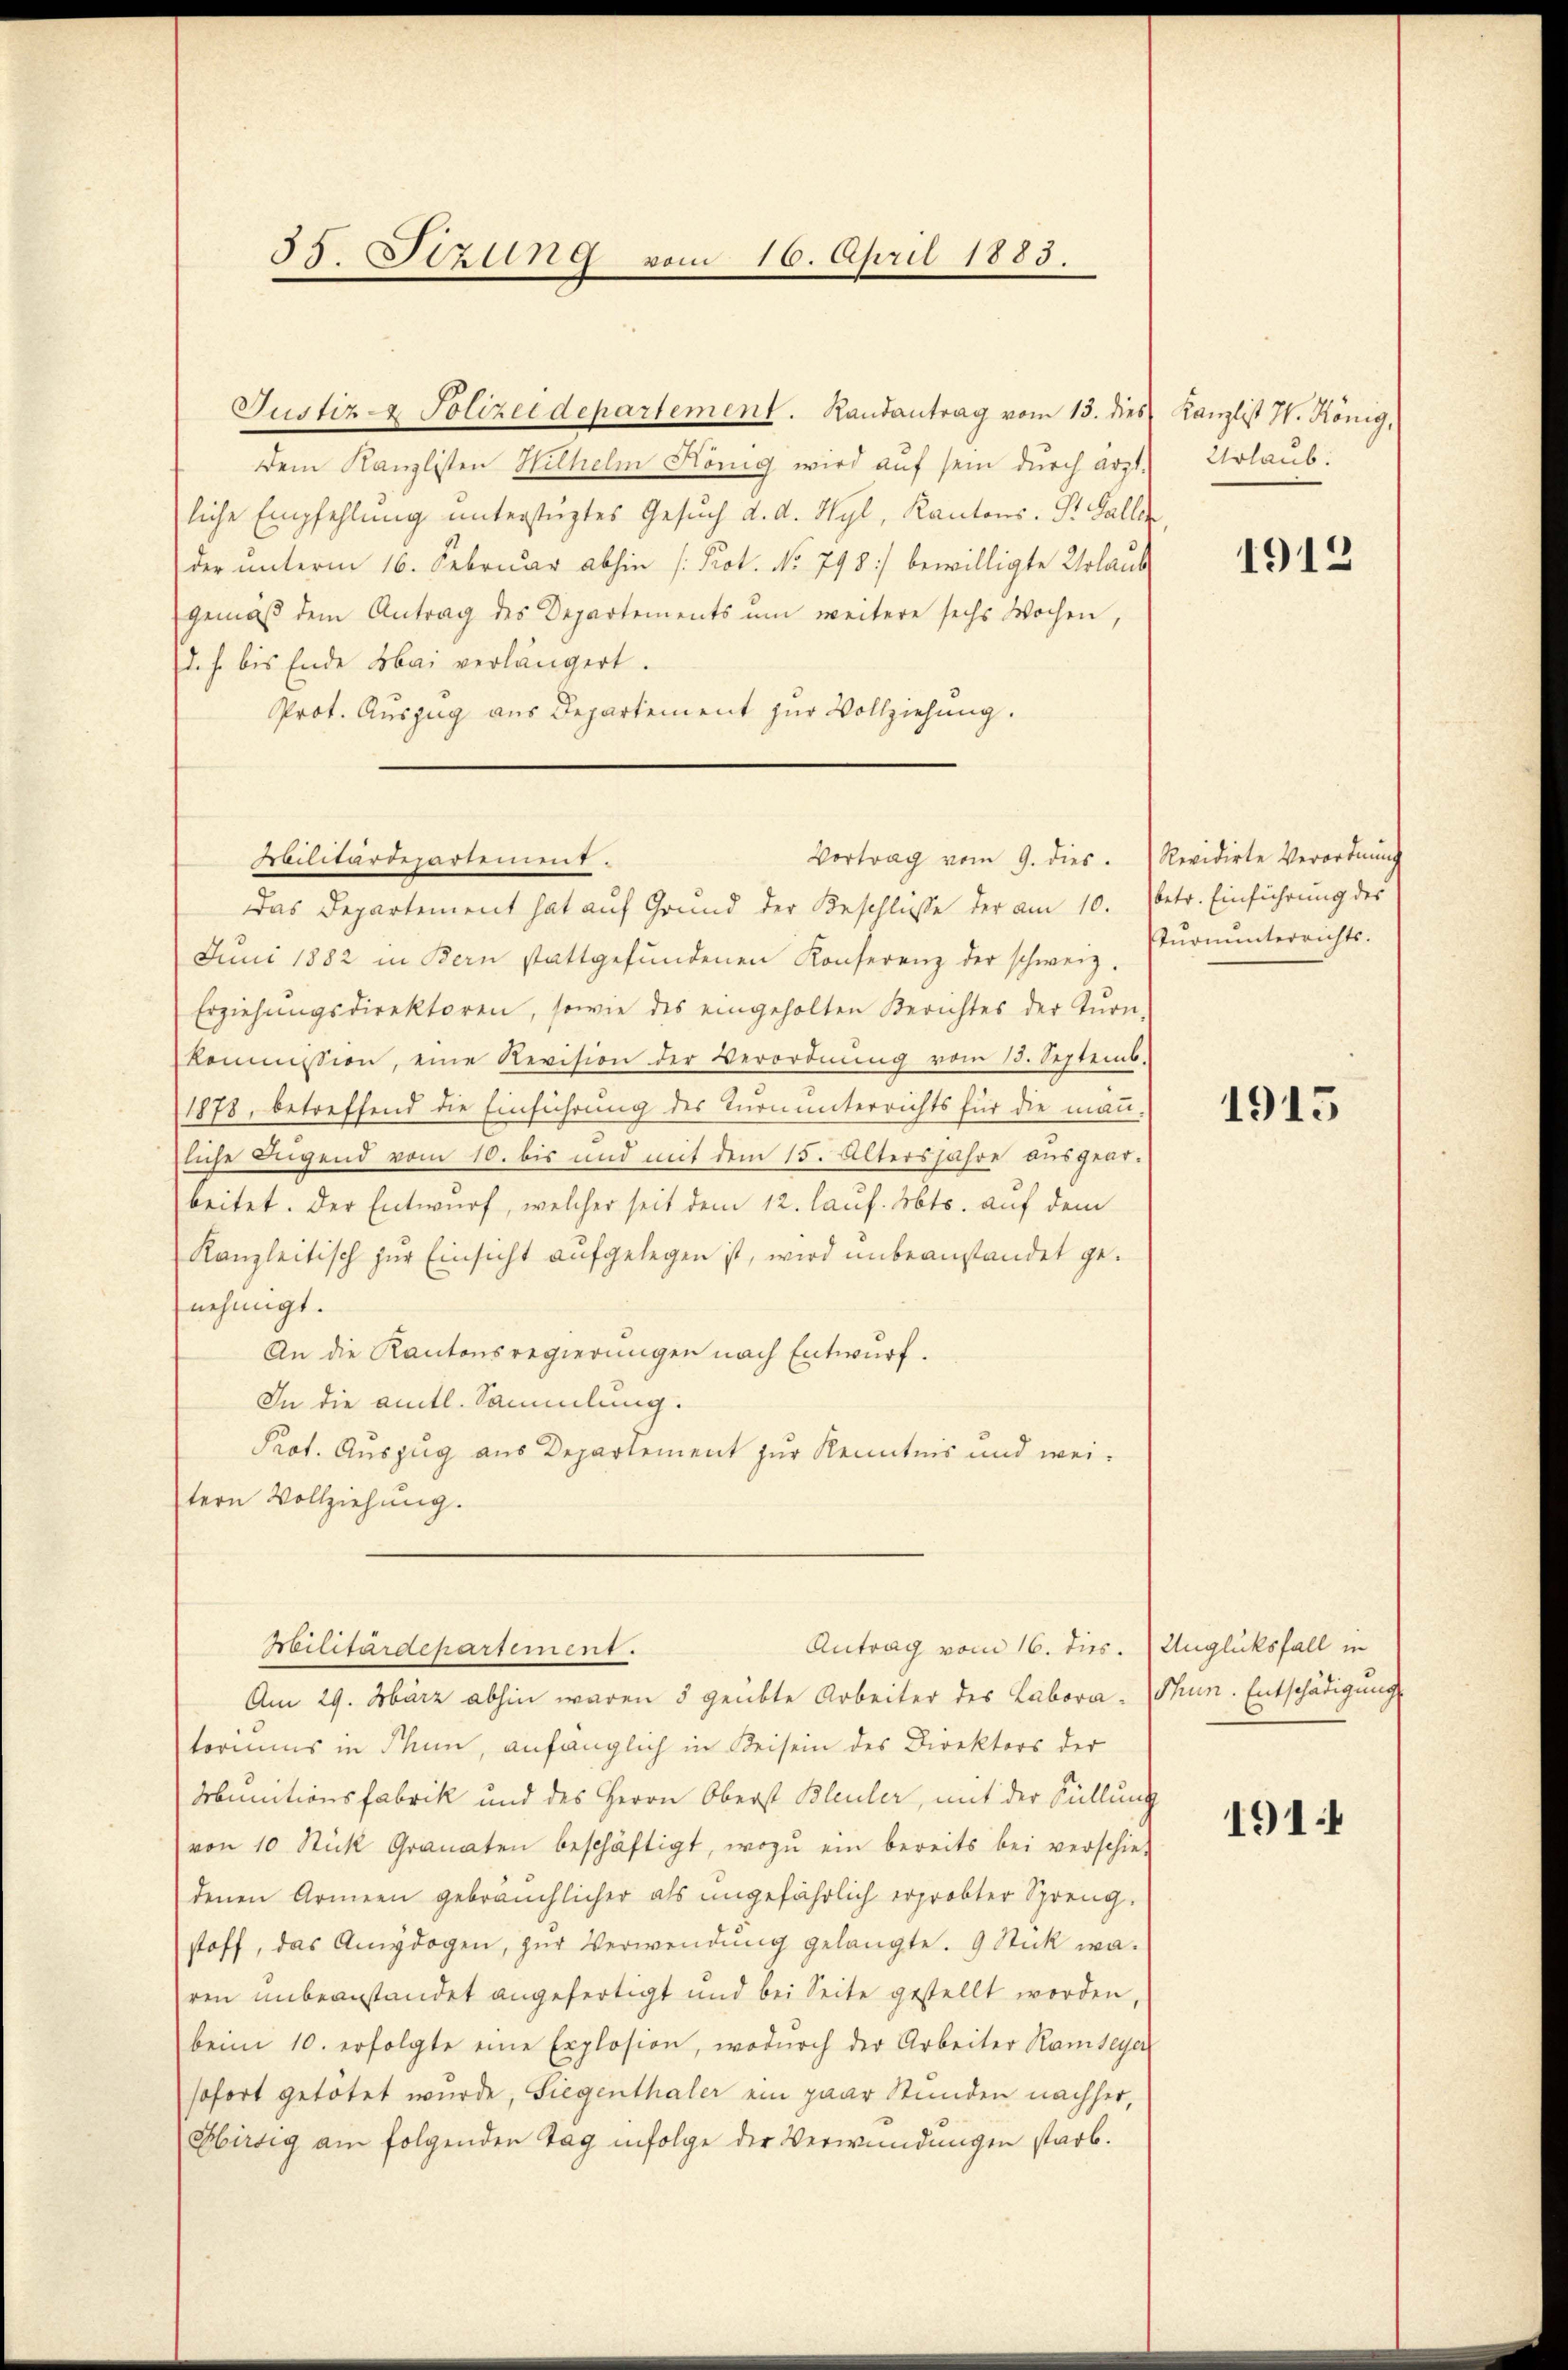
35. Sizung von

Justiz - Polizeidepartement. Randantrag vom 15. dies
dem Kanzlisten Hilhelm König wird auf sein durch ärztliche Empfehlung unterstüztes Gesuch d. d. Hyl, Kantons- St. Galler
der unterm 16. Februar abhin (Prot. No. 798:/ bewilligte Urlaub
gemäβ dem Antrag des Departements ŭm weitere sechs Wochen,
(d. h. bis Ende Mai verlängert.
Prot. Auszug aus Departement zur Vollziehung.
Das Departement hat auf Grund der Beschlüsse der am 10. (betr. Einführung des
Juni 1882 in Bern stattgefŭndenen Konferenz der schweiz.
Erziehŭngsdirektoren, sowie des eingeholten Berichtes der Tŭrn-
kommission, eine Revision der Verordnŭng vom 13. Septemb.
1878, betreffend die Einführung des Turnunterrichts für die man-
liche Augend vom 10. bis und mit dem 15. Altersjahre ausgearbeitet. Der Entwurf, welcher seit dem 12. lauf. Mts. auf dem
Kanzleitisch zur Einsicht aufgelegen ist, wird unbeanstandet genehmigt.
An die Kantonsregierungen nach Entwurf.
In die amtl. Sammlung.
Prot. Auszug aus Departement zur Kenntnis und weitern Vollziehung.
Antrag vom 16. dies. (Unglüksfall in
Militärdepartement.
Am 29. März abhin waren 5 geübte Arbeiter des Labora- (Thun. Entschädigung
toriums in Thun, anfänglich in Reisein des Direktors der
Munitionsfabrik und des Herrn Oberst Bleuler, mit der Füllung
von 10 Stück Granaten beschäftigt, wozu ein bereits bei verschie-
denen Armeen gebräuchlicher als ungefährlich erprobter Spreng.
stoff, das Amydogen, zur Verwendung gelangte. 9 Stick wairen unbeanstandet angefertigt und bei Seite gestellt worden,
beim 10. erfolgte eine Explosion, wodŭrch der Arbeiter Ramseye
sofort getötet wurde, Siegenthaler ein paar Stunden nachher,
Ebirsig am folgenden Tag infolge der Verwundungen starb.

16. April 1883.

Vertrag vom 9. dies. Revidirte Verordnŭng
vilitärdepartement.

Kanzlist W. König,
Urlaub.

1913

Turnunterrichts.

1915

1911